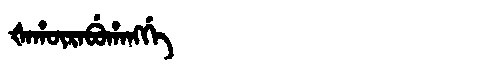
Manchu: ᡧᠠᡥᡡᡵᠠᠪᡠᡥᠠᠩᡤᡝ
Romanization: ŠAHŪRABUHANGGE